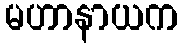
မဟာနာယက